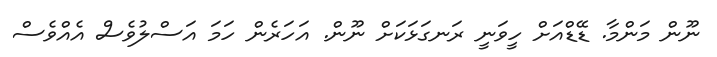
ނޫން މަންމާ. ޑޭޑްއަށް ހީވަނީ ރަނގަޅަކަށް ނޫން. އަހަރެން ހަމަ އަސްލުވެސް އެއްވެސް